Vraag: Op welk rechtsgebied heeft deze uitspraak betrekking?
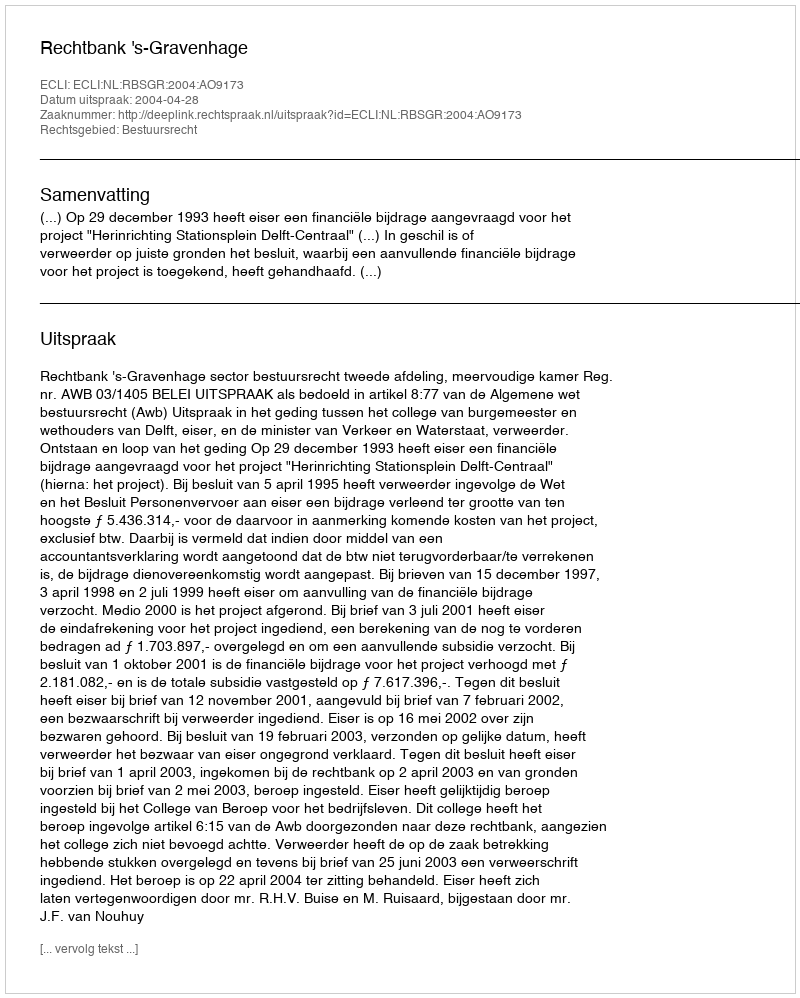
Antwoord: Bestuursrecht